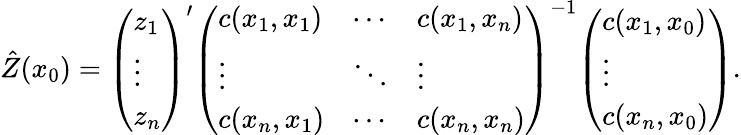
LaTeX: {\hat{Z}}(x_{0})={\left(\begin{array}{l}{z_{1}}\\ {\vdots}\\ {z_{n}}\end{array}\right)}^{\prime}{\left(\begin{array}{lll}{c(x_{1},x_{1})}&{\cdots}&{c(x_{1},x_{n})}\\ {\vdots}&{\ddots}&{\vdots}\\ {c(x_{n},x_{1})}&{\cdots}&{c(x_{n},x_{n})}\end{array}\right)}^{-1}{\left(\begin{array}{l}{c(x_{1},x_{0})}\\ {\vdots}\\ {c(x_{n},x_{0})}\end{array}\right)}.